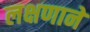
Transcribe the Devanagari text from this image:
लक्षणाने